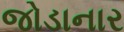
જોડાનાર